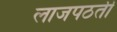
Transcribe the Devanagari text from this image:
लाजपठती